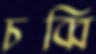
চব্বি